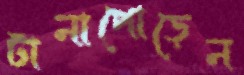
টানাপোড়েন